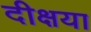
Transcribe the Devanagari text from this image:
दीक्षया